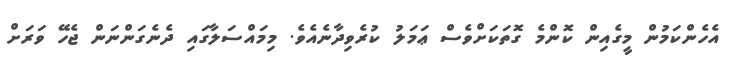
އެހެންކަމުން މީގެއިން ކޮންމެ ގޮތަކަށްވެސް ޢަމަލު ކުރެވިދާނެއެވެ. މިމައްސަލާގައި ދެނެގަންނަން ޖެހޭ ވަރަށް